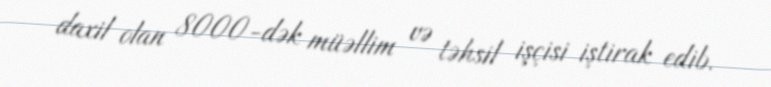
daxil olan 8000-dək müəllim və təhsil işçisi iştirak edib.